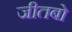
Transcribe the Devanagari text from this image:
जीतबो